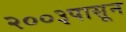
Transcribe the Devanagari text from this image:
२००३पासून